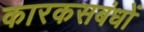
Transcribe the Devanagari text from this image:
कारकसबंधों